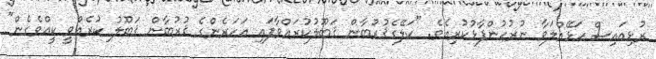
ރުޅިއައިސް ހަޅޭއްލަވާ ނުރުހުންފާޅުކުރިއެވެ. "ކަލޭގެޤުރުބާން ޤަބޫލުކުރައްވާފައި އަހަރެންގެ ޤުރުބާން ޤަބޫލު ކުރެއްވީ ކީއްވެގެން"